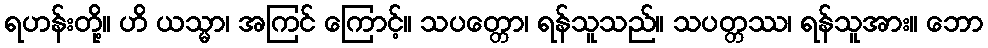
ရဟန်းတို့။ ဟိ ယသ္မာ၊ အကြင် ကြောင့်။ သပတ္တော၊ ရန်သူသည်။ သပတ္တဿ၊ ရန်သူအား။ ဘော